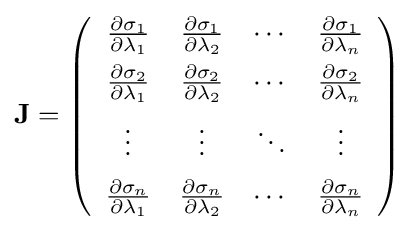
\mathbf {J} =\left({\begin{array}{cccc}{\frac {\partial \sigma _{1}}{\partial \lambda _{1}}}&{\frac {\partial \sigma _{1}}{\partial \lambda _{2}}}&\cdots &{\frac {\partial \sigma _{1}}{\partial \lambda _{n}}}\\[5pt]{\frac {\partial \sigma _{2}}{\partial \lambda _{1}}}&{\frac {\partial \sigma _{2}}{\partial \lambda _{2}}}&\cdots &{\frac {\partial \sigma _{2}}{\partial \lambda _{n}}}\\[5pt]\vdots &\vdots &\ddots &\vdots \\[5pt]{\frac {\partial \sigma _{n}}{\partial \lambda _{1}}}&{\frac {\partial \sigma _{n}}{\partial \lambda _{2}}}&\cdots &{\frac {\partial \sigma _{n}}{\partial \lambda _{n}}}\end{array}}\right)